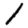
Digit: 1